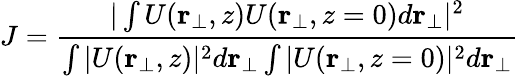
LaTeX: J=\frac{|\int U(\mathbf{r_{\bot}},{z})U(\mathbf{r_{\bot}},{z}=0)d\mathbf{r}_{\bot}|^{2}}{\int|U(\mathbf{r_{\bot}},{z})|^{2}d\mathbf{r}_{\bot}\int|U(\mathbf{r_{\bot}},{z}=0)|^{2}d\mathbf{r}_{\bot}}